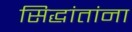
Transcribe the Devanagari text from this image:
सिद्धांतांना